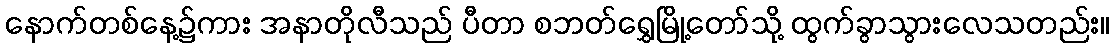
နောက်တစ်နေ့၌ကား အနာတိုလီသည် ပီတာ စဘတ်ရွှေမြို့တော်သို့ ထွက်ခွာသွားလေသတည်း။